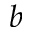
b